Report on the bubonic plague in Bombay, 1896-1897
Year: 1896
Disease focus: Plague
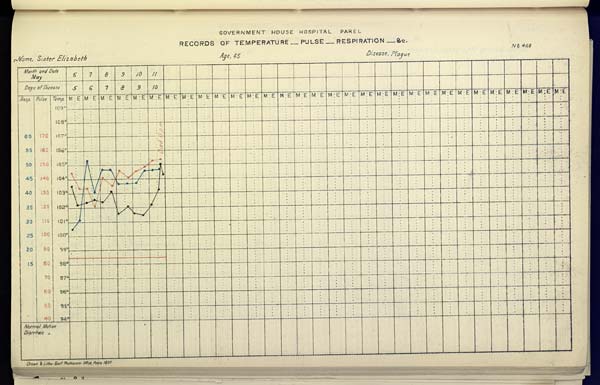
GOVERNMENT HOUSE HOSPITAL PAREL
RECORDS OF TEMPERATURE __ PULSE __ RESPIRATION __ &c.
No. 468
Name,
Sister
Elizabeth
Age,
45
Disease,
Plague
Drawn & Litho Govt. Photozinco, Office, Poona 1897.